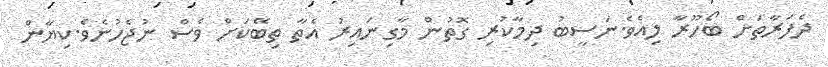
ދެފަރާތަށް ބޯހޫރާ ލިއެވެ.ނަސީބު ދިމާކުރި ގޮތުން މާގިނައިރު އެތާ ތިބޭކަށް ވެސް ނުޖެހުނެވެ.ކިޔާން